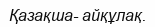
Қазақша- айқұлақ.